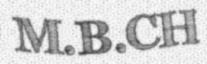
M.B.CH